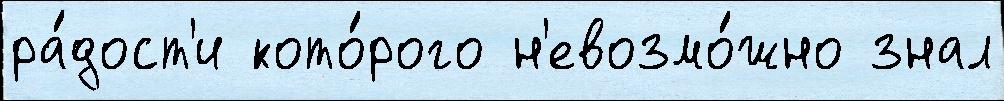
ра́дост'и кото́рого н'евозмо́жно знал